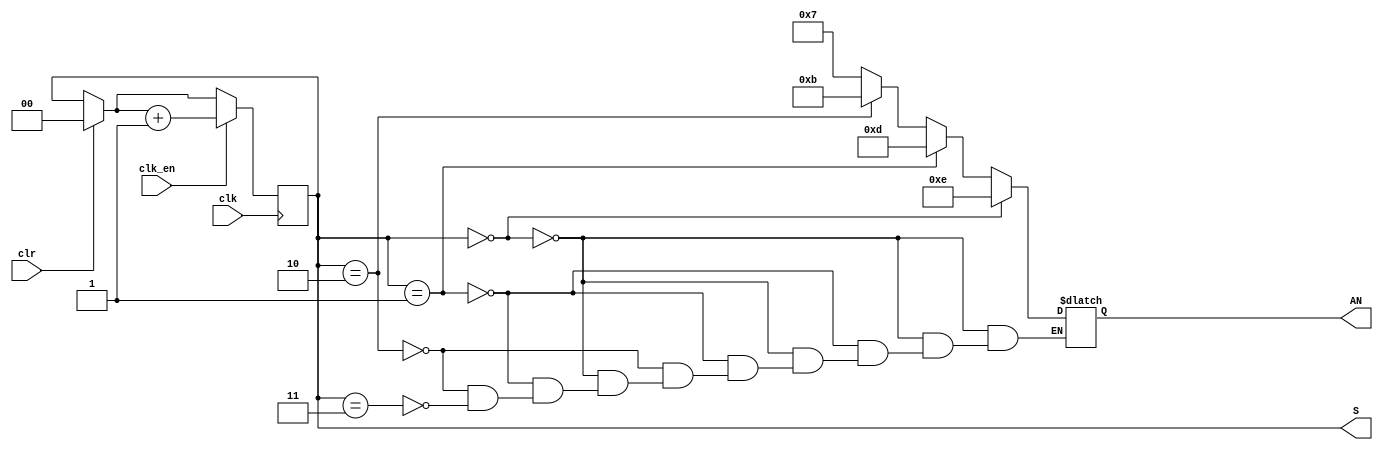
`timescale 1ns / 1ps
//////////////////////////////////////////////////////////////////////////////////
// Company: 
// Engineer: 
// 
// Design Name: 
// Module Name: anode_driver
// Project Name: 
// Target Devices: 
// Tool Versions: 
// Description: 
// 
// Dependencies: 
// 
// Revision:
// Revision 0.01 - File Created
// Additional Comments:
// 
//////////////////////////////////////////////////////////////////////////////////


module anode_driver(
    input clk,
    input clr,
    input clk_en,
    output reg[1:0]S,
    output reg[3:0]AN
    );
    always @(posedge clk)begin
    if (clr == 1) begin
    S = 2'b00;
   end 
   
   if(clk_en ) begin
    S= S + 1;
   //S=2'b11;
    end
    
    end
    
    
    
    always @(S) begin 
    if (S==2'b00) 
    AN = 4'b1110;
    else if (S==2'b01)
    AN = 4'b1101;
    else if (S==2'b10)
    AN= 4'b1011;
    else if (S==2'b11)
    AN = 4'b0111;
    end
    
endmodule